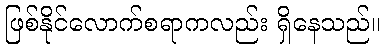
ဖြစ်နိုင်လောက်စရာကလည်း ရှိနေသည်။